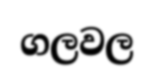
ගලවල